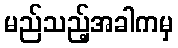
မည်သည့်အခါကမှ